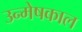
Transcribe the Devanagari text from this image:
उन्मेषकाल